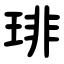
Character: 琲